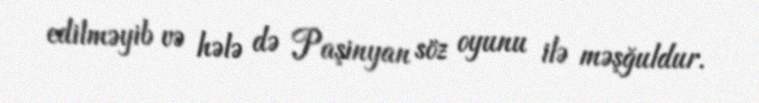
edilməyib və hələ də Paşinyan söz oyunu ilə məşğuldur.